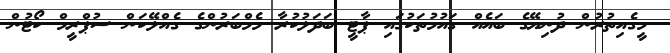
މީގެއިތުރުން ދުނިޔޭގެ ބައެއް ގައުމުތަކުގައި ޕާޓީ ބަދަލުކުރާ މެމްބަރުންގެ ގެއްލޭކަން ސުޕްރީމް ކޯޓުން